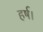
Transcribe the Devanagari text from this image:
हर्ष।